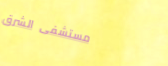
مستشفى الشرق